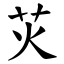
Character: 苂